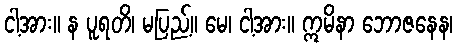
ငါ့အား။ န ပူရတိ၊ မပြည့်။ မေ၊ ငါ့အား။ ဣမိနာ ဘောဇနေန၊